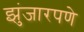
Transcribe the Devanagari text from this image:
झुंजारपणे